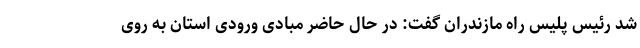
شد رئیس پلیس راه مازندران گفت: در حال حاضر مبادی ورودی استان به روی